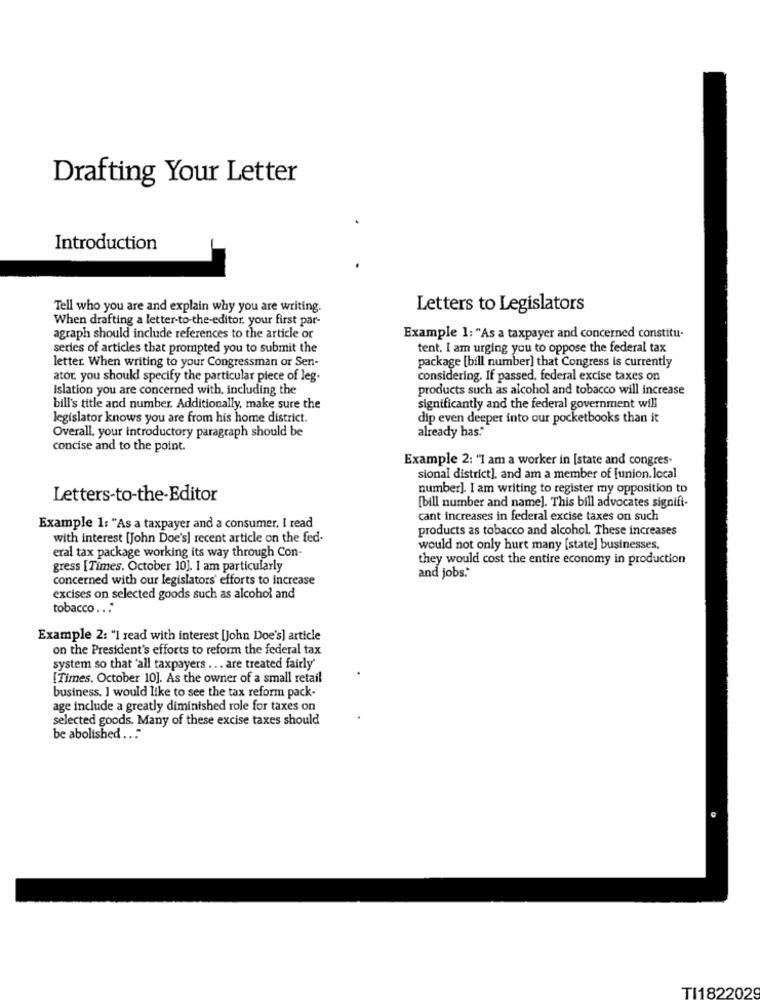
Drafting Your Letter
Introduction
Tell who you are and explain why you are writing.
Letters to Legislators
When drafting a letter-to-the-editor. your first par-
agraph should include references to the article or
Example 1: "As a taxpayer and concerned constitu-
series of articles that prompted you to submit the
tent. I am urging you to oppose the federal tax
letter. When writing to your Congressman or Sen-
package [bill number] that Congress is currently
ator. you should specify the particular piece of leg.
considering. If passed. federal excise taxes on
Islation you are concerned with, including the
products such as alcohol and tobacco will increase
bill's title and number. Additionally, make sure the
significantly and the federal government will
legislator knows you are from his home district.
dip even deeper into our pocketbooks than it
Overall, your introductory paragraph should be
already has."
concise and to the point.
Example 2: "I am a worker in [state and congres-
sional district], and am a member of [union. local
number]. I am writing to register my opposition to
Letters-to-the-Editor
[bill number and name]. This bill advocates signifi-
cant increases in federal excise taxes on such
Example 1: "As a taxpayer and a consumer, I read
products as tobacco and alcohol. These increases
with interest [John Doe's] recent article on the fed-
eral tax package working its way through Con-
would not only hurt many [state] businesses,
they would cost the entire economy in production
gress [Times, October 10]. I am particularly
concerned with our legislators' efforts to Increase
and jobs."
excises on selected goods such as alcohol and
tobacco ...
Example 2: "I read with interest [john Doe's] article
on the President's efforts to reform the federal tax
system so that 'all taxpayers ... are treated fairly'
[Times. October 10]. As the owner of a small retail
business. I would like to see the tax reform pack-
age include a greatly diminished role for taxes on
selected goods. Many of these excise taxes should
be abolished ...
TI1822029